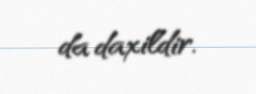
da daxildir.